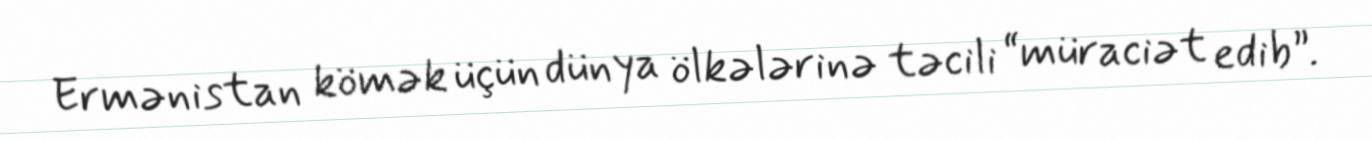
Ermənistan kömək üçün dünya ölkələrinə təcili “müraciət edib”.